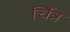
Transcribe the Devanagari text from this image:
र्चित्र